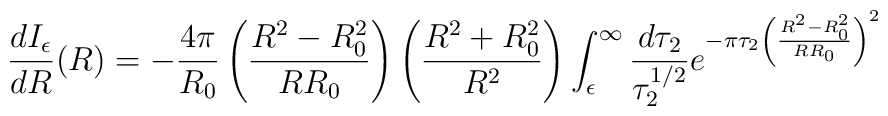
\frac{dI_{\epsilon}}{dR}(R) = -\frac{4\pi}{R_{0}}\left(\frac{R^{2}-R^{2}_{0}}{RR_{0}}\right) \left(\frac{R^{2}+R^{2}_{0}}{R^{2}} \right)\int_{\epsilon}^{\infty} \frac{d\tau_{2}}{\tau_{2}^{1/2}} e^{-\pi \tau_{2} \left(\frac{R^{2} - R^{2}_{0}}{RR_{0}}\right)^{2}}